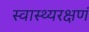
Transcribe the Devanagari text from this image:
स्वास्थ्यरक्षणं